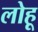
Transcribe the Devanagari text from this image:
लोहू